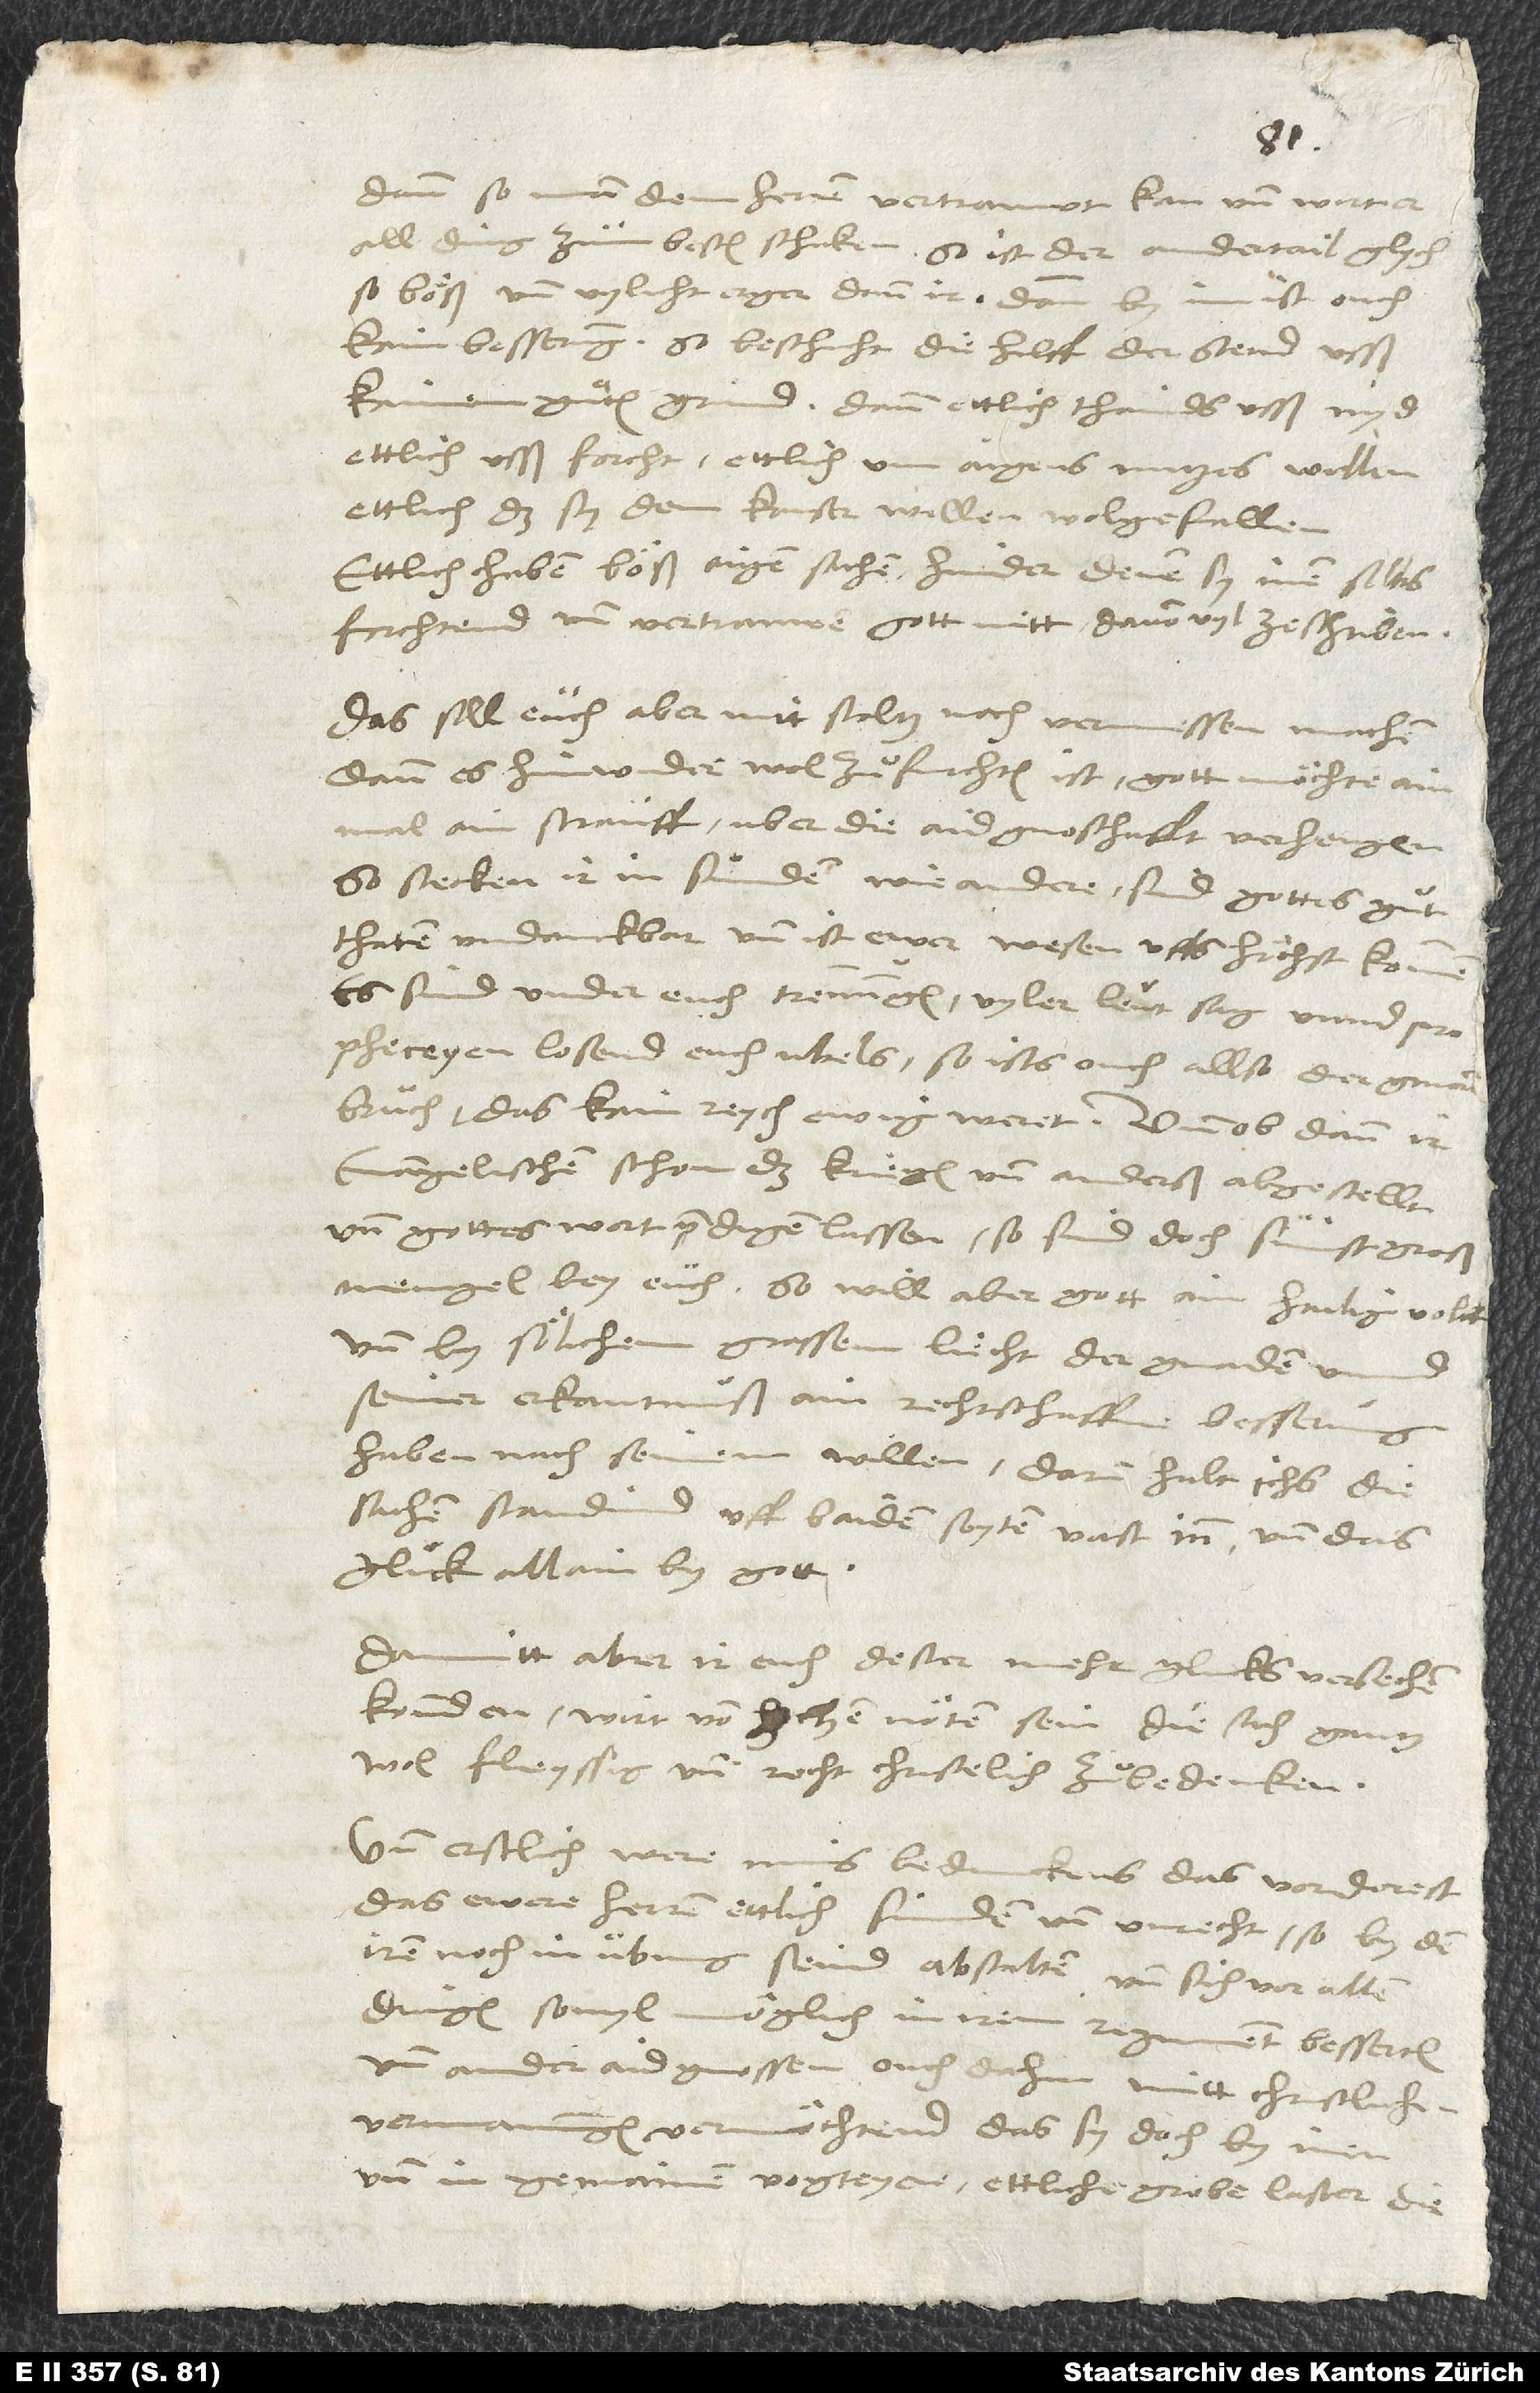
dann so man dem herren vertrauwt, kan und wirt er
all ding zum besten schicken. So ist der andertail glych
so böß und vylicht erger dann ir; dann by im ist ouch
kain besserung. So beschicht die hilff der stend usß
kainem guͦten grund; dann ettlich thainds usß nyd,
ettlich usß forcht, ettlich um aigens nutzes willen,
ettlich, das sy dem kaiser wellen wolgefallen;
ettlich haben böß aigen sachen, hinder denen sy inen selbs
forchtend, und vertrauwen gott nitt - davon vyl zeschriben.
Das soll euch aber nitt stoltz noch vermessen machen;
dann es hinwider wol zuͦfurchten ist, gott möchte ainmal
ain strauff uber die aidgnoschafft verhengen.
So stecken ir in sünden wie andere, sind gottes guͦtthaten
undanckbar und ist ewer wesen uffs höchst kommen.
Es sind under euch trennungen; vyler leut sag unnd
propheceyen losend euch ubels; so ist ouch allso der gmain
bruch, das kain reych ewig weret. Und ob dann ir
evangelischen schon das kriegen und anderß abgestellt
und gottes wort predigen lassen, so sind doch sunst groß
mengel bey euch. So will aber gott ain hailig volck
und by sölichem grossem liecht der gnaden unnd
seiner erkantnuß ain rechtschaffne besserung
haben nach seinem willen. Darum halt ichs, die
sachen standind uff baiden seyten vast inn und das
glück allain by gott.
Damitt aber ir euch dester mehr glucks versechen
konnden, wirt von hochen nöten sein, die sach gantz
wol fleyssig und recht christelich zuͦbedencken.
Und erstlich were mins bedunckens das vorderest,
das ewere herrnn ettlich sünden und unrecht, so by den
iren noch in übung seind, abstalten und sich vor allen
dingen, sovyl möglich, in irem regiment besserten
und ander aidgnossen ouch dahin mitt christlichen
vermanungen vermöchtend, das sy doch by inen
und in gemainen vogteyen ettlich grobe laster, die